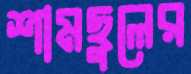
শামছুলের